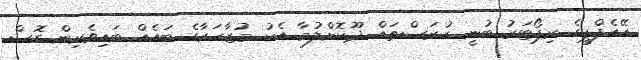
އޭއެފްޕީގެ ރިޕޯޓަރު ބުނީ ހުރަސްތައް ދޫކޮށްލުމާ އެކު މުޒާހަރާގެ ބައެއް ބައިވެރިން ގޮސް